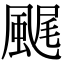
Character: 𩗘